Indian journal of veterinary science and animal husbandry - Volume 5,
Year: 1935
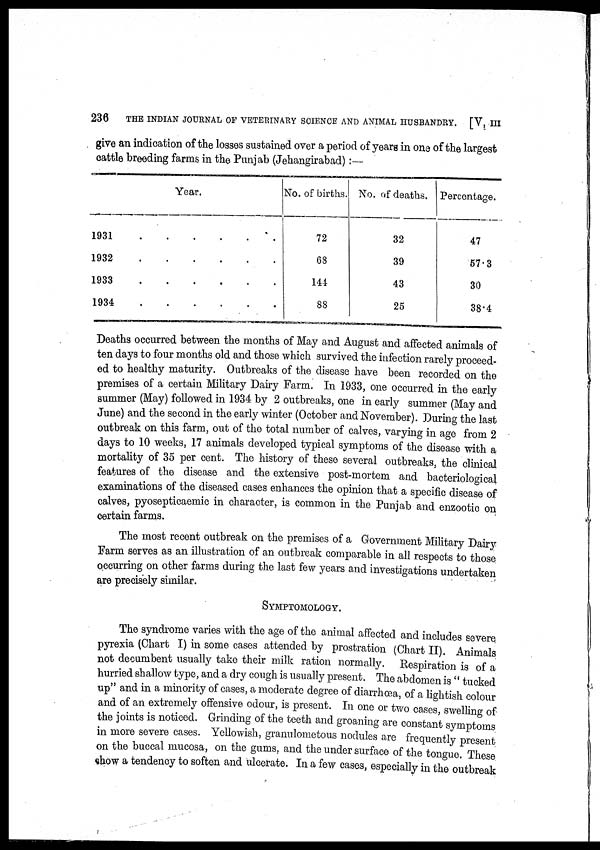
236
THE INDIAN JOURNAL OF VETERINARY SCIENCE AND ANIMAL HUSBANDRY. [V, III
give an indication of the losses sustained over a period of years in one of the largest
cattle breeding farms in the Punjab (Jehangirabad) :—
Year.
1931
1932
1933
1934
.....
.....
.....
.....
No. of births.
72
68
144
88
No. of deaths.
32
39
43
25
Percentage.
47
57.3
30
38.4
Deaths occurred between the months of May and August and affected animals of
ten days to four months old and those which survived the infection rarely proceed-
ed to healthy maturity. Outbreaks of the disease have been recorded on the
premises of a certain Military Dairy Farm. In 1933, one occurred in the early
summer (May) followed in 1934 by 2 outbreaks, one in early summer (May and
June) and the second in the early winter (October and November). During the last
outbreak on this farm, out of the total number of calves, varying in age from 2
days to 10 weeks, 17 animals developed typical symptoms of the disease with a
mortality of 35 per cent. The history of these several outbreaks, the clinical
features of the disease and the extensive post-mortem and bacteriological
examinations of the diseased cases enhances the opinion that a specific disease of
calves, pyosepticaemic in character, is common in the Punjab and enzootic on
certain farms.
The most recent outbreak on the premises of a Government Military Dairy
Farm serves as an illustration of an outbreak comparable in all respects to those
occurring on other farms during the last few years and investigations undertaken
are precisely similar.
SYMPTOMOLOGY.
The syndrome varies with the age of the animal affected and includes severe
pyrexia (Chart I) in some cases attended by prostration (Chart II) Animals
not decumbent usually take their milk ration normally. Respiration is of a
hurried shallow type, and a dry cough is usually present. The abdomen is "tucked
up" and in a minority of cases, a moderate degree of diarrhœa, of a lightish colour
and of an extremely offensive odour, is present. In one or two cases swelling of
the joints is noticed. Grinding of the teeth and groaning are constant symptoms
in more severe cases. Yellowish, granulometous nodules are frequently present
on the buccal mucosa, on the gums, and the under surface of the tongue These
show a tendency to soften and ulcerate. In a few cases, especially in the outbreak